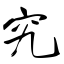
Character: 宄